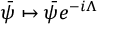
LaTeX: { \bar { \psi } } \mapsto { \bar { \psi } } e ^ { - i \Lambda }